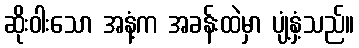
ဆိုးဝါးသော အနံ့က အခန်းထဲမှာ ပျံ့နှံ့သည်။